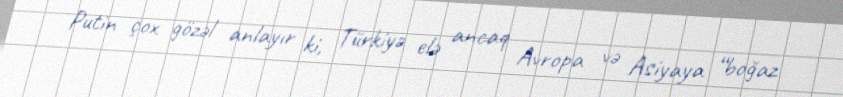
Putin çox gözəl anlayır ki, Türkiyə elə ancaq Avropa və Asiyaya “boğaz